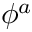
\phi ^ { a }